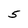
Character: 5